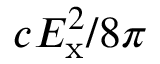
c E _ { \mathrm { x } } ^ { 2 } / 8 \pi